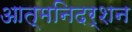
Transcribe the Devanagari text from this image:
आत्मनिदर्शन